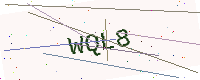
Text: WQL8